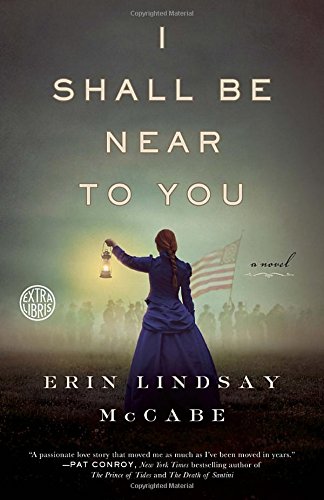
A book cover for I Shall Be Near to You: A Novel; Erin Lindsay McCabe; Romance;